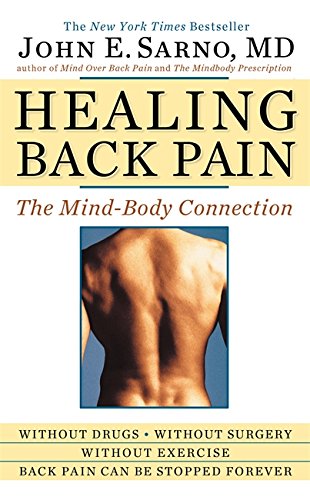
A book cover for Healing Back Pain: The Mind-Body Connection; John E. Sarno; Health, Fitness & Dieting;